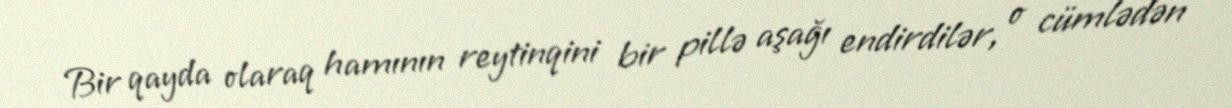
Bir qayda olaraq hamının reytinqini bir pillə aşağı endirdilər, o cümlədən